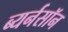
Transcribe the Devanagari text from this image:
ब्यर्नसॉन